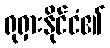
ရုရှားနိုင်ငံ၏